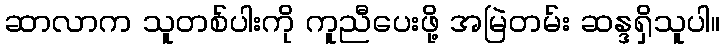
ဆာလာက သူတစ်ပါးကို ကူညီပေးဖို့ အမြဲတမ်း ဆန္ဒရှိသူပါ။